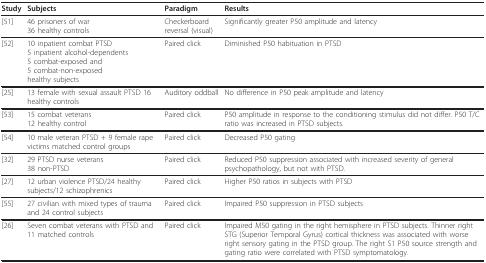
<table><thead><tr><td><b>Study</b></td><td><b>Subjects</b></td><td><b>Paradigm</b></td><td><b>Results</b></td></tr></thead><tbody><tr><td>[51]</td><td>46 prisoners of war36 healthy controls</td><td>Checkerboard reversal (visual)</td><td>Significantly greater P50 amplitude and latency</td></tr><tr><td>[52]</td><td>10 inpatient combat PTSD5 inpatient alcohol-dependents5 combat-exposed and5 combat-non-exposedhealthy subjects</td><td>Paired click</td><td>Diminished P50 habituation in PTSD</td></tr><tr><td>[25]</td><td>13 female with sexual assault PTSD 16 healthy controls</td><td>Auditory oddball</td><td>No difference in P50 peak amplitude and latency</td></tr><tr><td>[53]</td><td>15 combat veterans12 healthy control</td><td>Paired click</td><td>P50 amplitude in response to the conditioning stimulus did not differ. P50 T/C ratio was increased in PTSD subjects.</td></tr><tr><td>[54]</td><td>10 male veteran PTSD + 9 female rape victims matched control groups</td><td>Paired click</td><td>Decreased P50 gating</td></tr><tr><td>[32]</td><td>29 PTSD nurse veterans38 non-PTSD</td><td>Paired click</td><td>Reduced P50 suppression associated with increased severity of general psychopathology, but not with PTSD.</td></tr><tr><td>[27]</td><td>12 urban violence PTSD/24 healthy subjects/12 schizophrenics</td><td>Paired click</td><td>Higher P50 ratios in subjects with PTSD</td></tr><tr><td>[55]</td><td>27 civilian with mixed types of trauma and 24 control subjects</td><td>Paired click</td><td>Impaired P50 suppression in PTSD subjects</td></tr><tr><td>[26]</td><td>Seven combat veterans with PTSD and 11 matched controls</td><td>Paired click</td><td>Impaired M50 gating in the right hemisphere in PTSD subjects. Thinner right STG (Superior Temporal Gyrus) cortical thickness was associated with worse right sensory gating in the PTSD group. The right S1 P50 source strength and gating ratio were correlated with PTSD symptomatology.</td></tr></tbody></table>